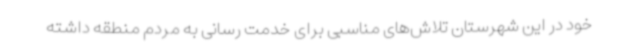
خود در این شهرستان تلاش‌های مناسبی برای خدمت رسانی به مردم منطقه داشته